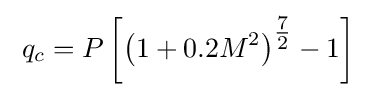
\;q_{c}=P\left[\left(1+0.2M^{2}\right)^{\tfrac {7}{2}}-1\right]